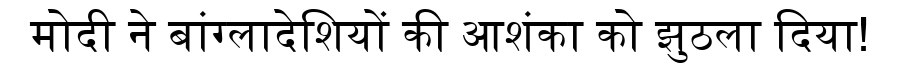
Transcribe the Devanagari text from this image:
मोदी ने बांग्लादेशियों की आशंका को झुठला दिया!